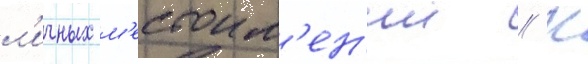
л'ичных м'естоим'ен'ии // К